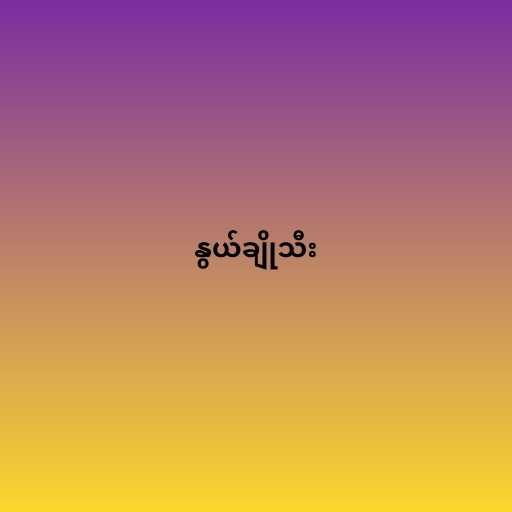
နွယ်ချိုသီး